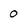
Character: 0